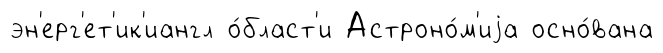
эн'ерг'ет'ик'иангл о́бласт'и Астроно́м'иjа осно́вана